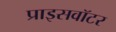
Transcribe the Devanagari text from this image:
प्राइसवॉटर